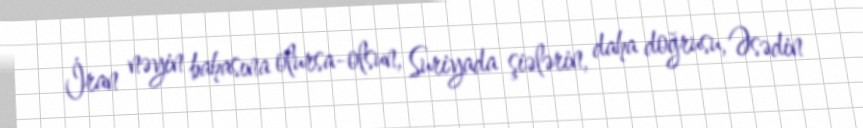
İran nəyin bahasına olursa-olsun, Suriyada şiələrin, daha doğrusu, Əsədin